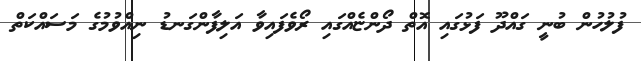
ފުލުހުން ބުނީ ގައްދޫ ފަޅުގައި އޮތް ދޯންޏެއްގައި ރޯވެފައިވާ އަލިފާންގަނޑު ނިއްވުމުގެ މަސައްކަތް